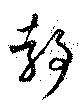
静